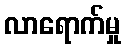
လာရောက်မှု